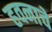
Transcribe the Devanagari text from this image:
हवनाचे